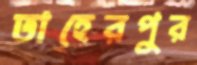
তাহেরপুর